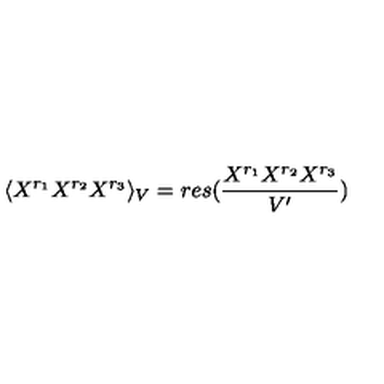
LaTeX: \langle X ^ { r _ { 1 } } X ^ { r _ { 2 } } X ^ { r _ { 3 } } \rangle _ { V } = r e s ( { \frac { X ^ { r _ { 1 } } X ^ { r _ { 2 } } X ^ { r _ { 3 } } } { V ^ { \prime } } } )